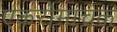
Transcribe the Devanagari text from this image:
एकरोमांचक